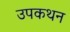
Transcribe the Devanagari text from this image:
उपकथन